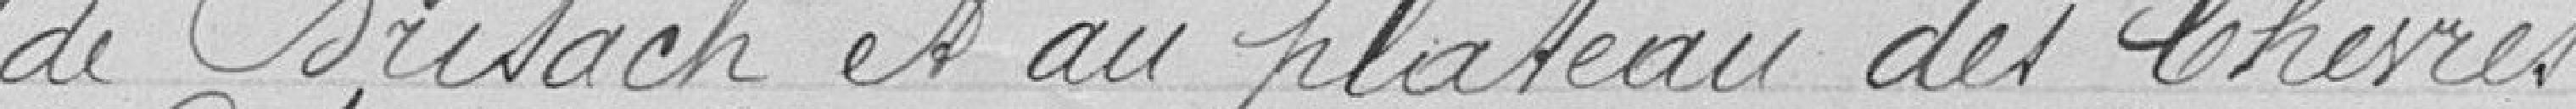
de Brisach et au plateau des Chèvres.